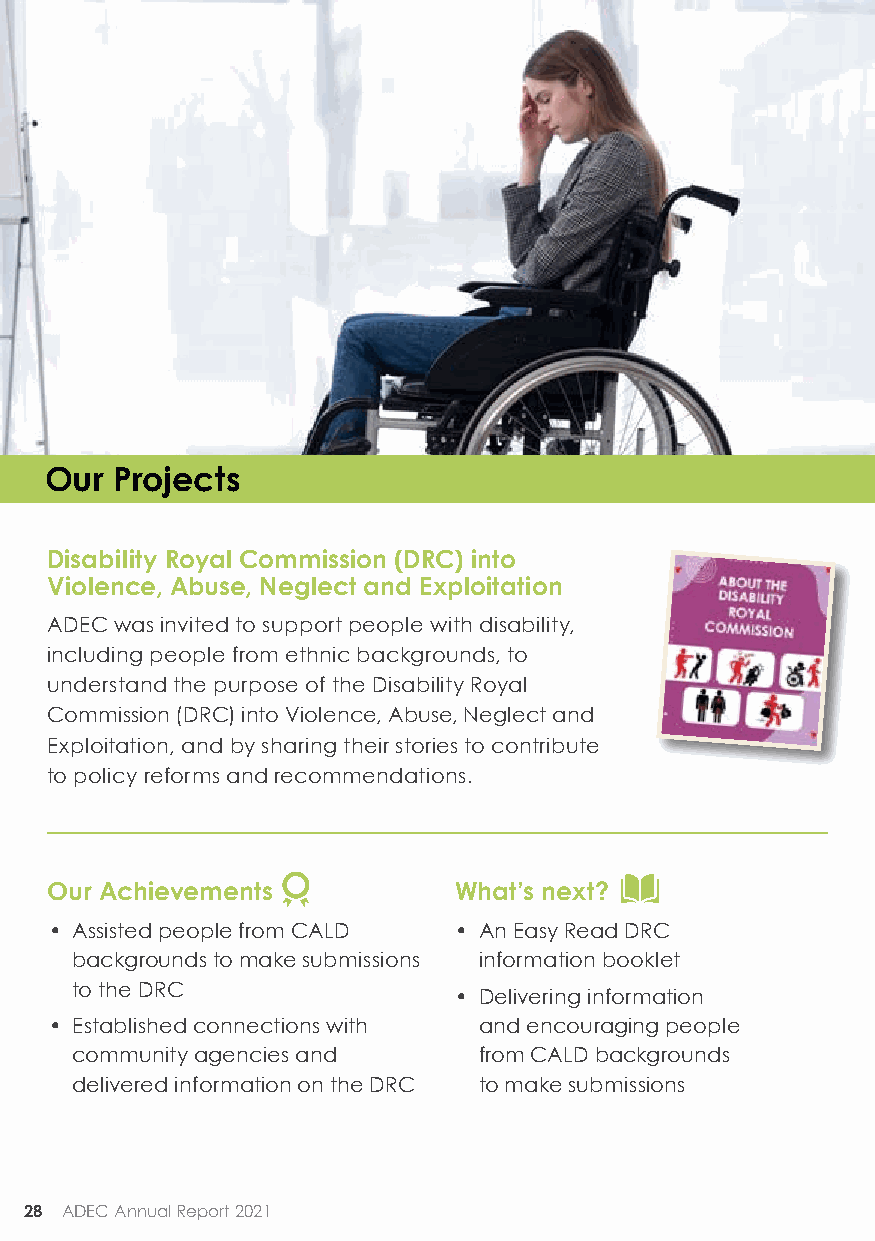
Our  Projects
 Disability Royal Commission (DRC) into
 Violence, Abuse, Neglect and Exploitation
 ADEC was invited to support people with disability,
 including people from ethnic backgrounds, to
 understand the purpose of the Disability Royal
 Commission (DRC) into Violence, Abuse, Neglect and
 Exploitation, and by sharing their stories to contribute
 to policy reforms and recommendations.
 Our Achievements           What’s next?
 • Assisted people from CALD • An Easy Read DRC
 backgrounds to make submissions information booklet
 to the DRC
 • Delivering information
 • Established connections with and encouraging people
 community agencies and     from CALD backgrounds
 delivered information on the DRC to make submissions
 28 ADEC Annual Report 2021